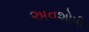
અવશોષી